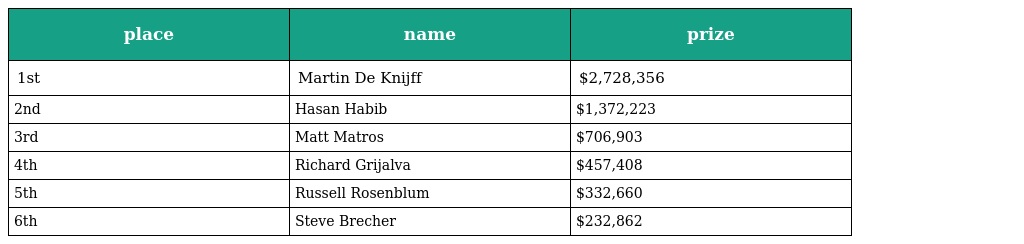
| place | name | prize |
 | --- | --- | --- |
 | 1st | Martin De Knijff | $2,728,356 |
 | 2nd | Hasan Habib | $1,372,223 |
 | 3rd | Matt Matros | $706,903 |
 | 4th | Richard Grijalva | $457,408 |
 | 5th | Russell Rosenblum | $332,660 |
 | 6th | Steve Brecher | $232,862 |